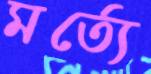
মর্ত্যে